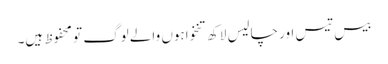
بیس تیس اور چالیس لاکھ تنخواہوں والے لوگ تو محفوظ ہیں۔